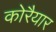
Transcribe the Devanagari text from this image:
कोरैयार